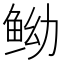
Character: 𱇤